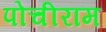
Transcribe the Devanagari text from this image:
पोचीराम